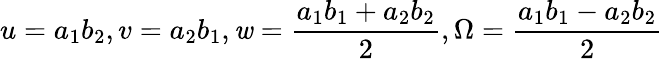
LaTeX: u=a_{1}b_{2},v=a_{2}b_{1},\mathit{w}=\frac{{a_{1}b_{1}+a_{2}b_{2}}}{{2}},\Omega=\frac{{a_{1}b_{1}-a_{2}b_{2}}}{{2}}